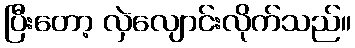
ပြီးတော့ လှဲလျောင်းလိုက်သည်။